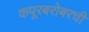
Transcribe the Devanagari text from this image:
कपूरबरोबरची